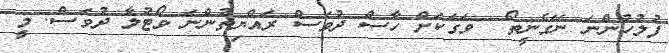
ފުލުހުންނަ ނޭގެނީތޯ  ވަގަކަށް ހާސް ދުވަސް ރައްޔިތުންނަ ވޯޓުލާ ދުވަސް. މީ